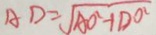
A D = \sqrt { A O ^ { 2 } + D O ^ { 2 } }